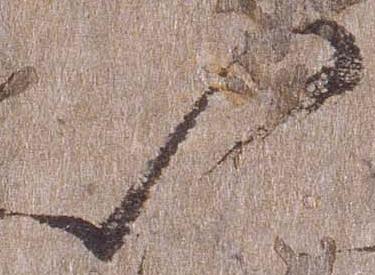
以